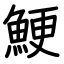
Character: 鯁